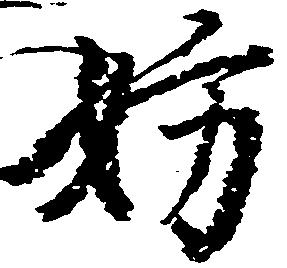
妨